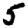
Digit: 5